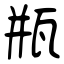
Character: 瓶